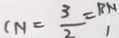
C N = \frac { 3 } { 2 } = B N